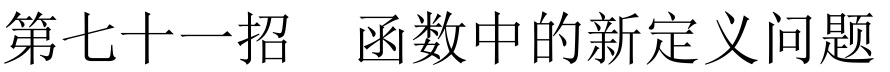
第七十一招  函数中的新定义问题